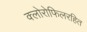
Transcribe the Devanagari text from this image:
क्लोरोफिलरहित